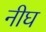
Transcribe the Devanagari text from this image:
नीघ